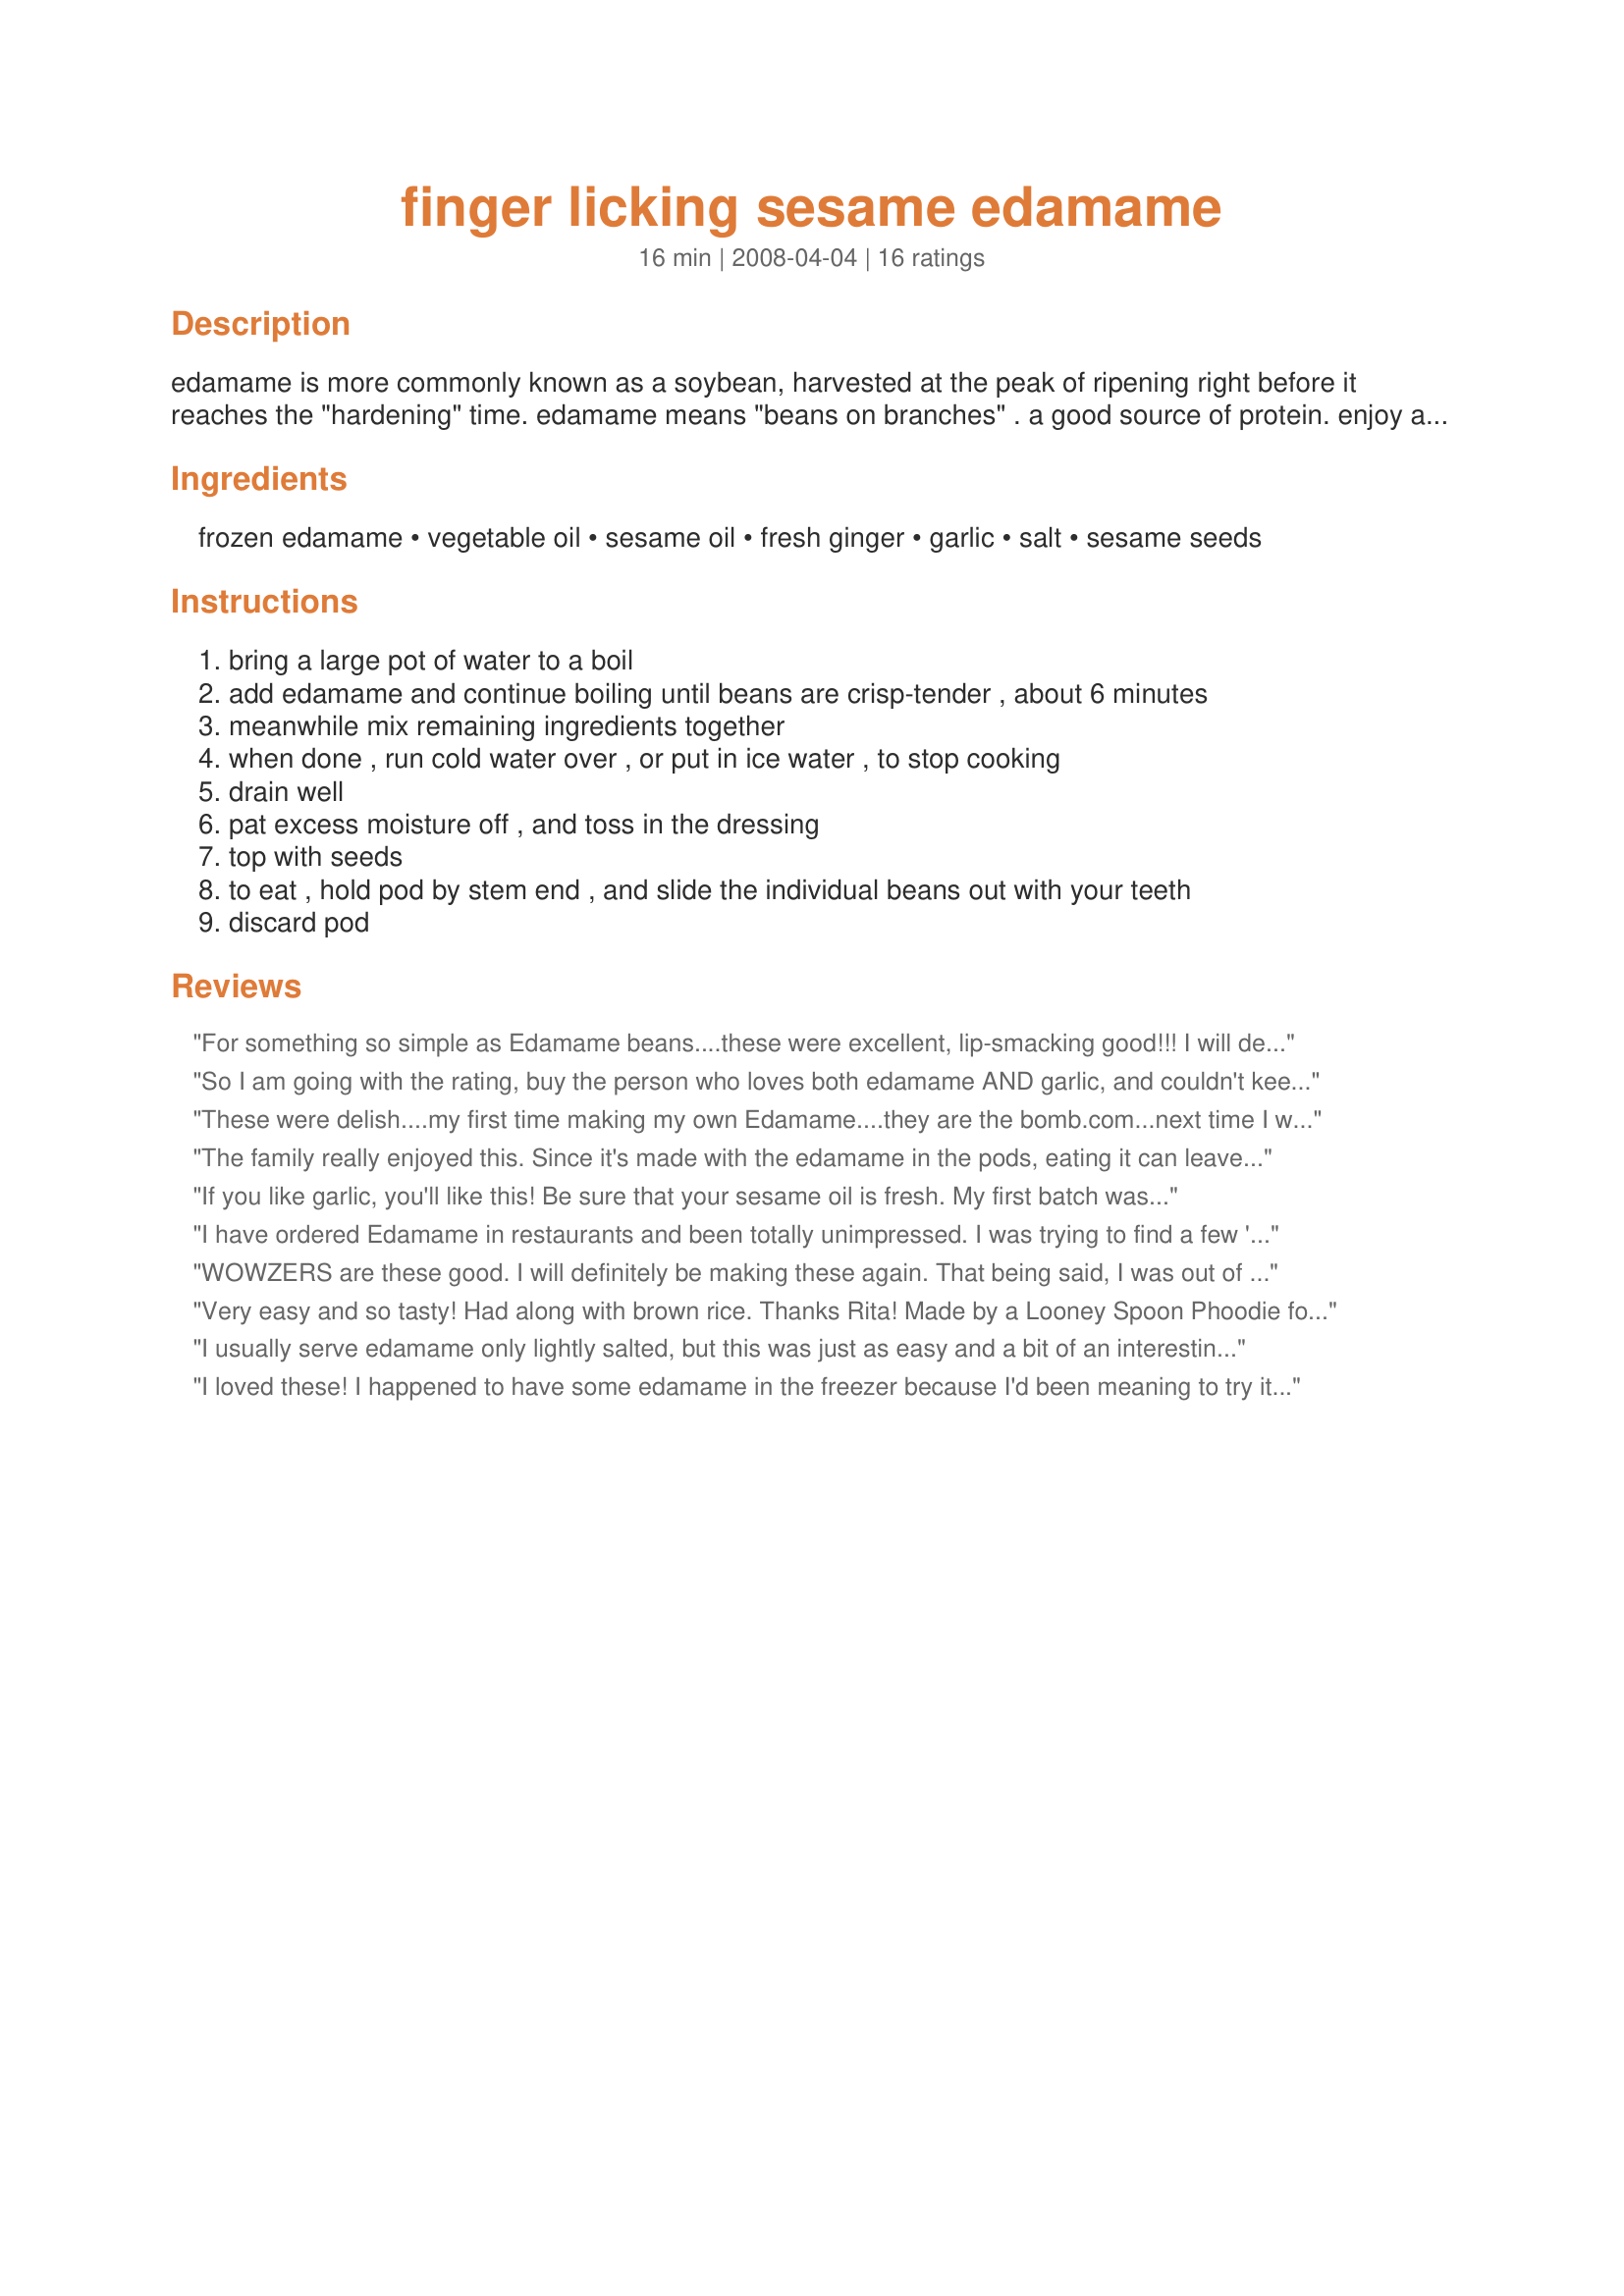
finger licking sesame edamame
Preparation time: 16 minutes

edamame is more commonly known as a soybean, harvested at the peak of ripening right before it reaches the "hardening" time. edamame means "beans on branches" . a good source of protein.
enjoy as a snack squeezed directly from the well seasoned pods into the mouth with the fingers. hence finger licking good!

Ingredients:
frozen edamame, vegetable oil, sesame oil, fresh ginger, garlic, salt, sesame seeds

Steps:
bring a large pot of water to a boil
add edamame and continue boiling until beans are crisp-tender , about 6 minutes
meanwhile mix remaining ingredients together
when done , run cold water over , or put in ice water , to stop cooking
drain well
pat excess moisture off , and toss in the dressing
top with seeds
to eat , hold pod by stem end , and slide the individual beans out with your teeth
discard pod

Reviews:
For something so simple as Edamame beans....these were excellent, lip-smacking good!!! I will definately be doing these again!!!
So I am going with the rating, buy the person who loves both edamame AND garlic, and couldn't keep her fingers out of of this! I loved it, and the rest of the family thought it was okay, but they complained about the amount of garlic. If you like garlic, this is a recipe you have to try! And make sure you toss them really well, because I didn't and some of the pods ended up being "naked", a bad thing indeed with this recipe. :) Thank you for posting.
These were delish....my first time making my own Edamame....they are the bomb.com...next time I will make them spicy!
The family really enjoyed this. Since it's made with the edamame in the pods, eating it can leave the fingers a bit oily, but it's still tasty. Next time I think I'll try this with the frozen edamame OUT of the pods to see how that works.
If you like garlic, you'll like this! Be sure that your sesame oil is fresh. My first batch was not great... because the sesame oil was not good. The second batch with new sesame oil was super!
I have ordered Edamame in restaurants and been totally unimpressed. I was trying to find a few 'healthy' snack choices and decided to give this a whirl. Well this is about it's 6th 'whirl' lol. I buy organic frozen edamame that take 2 minutes to zap in the microwave. In those 2 minutes I have the oil, ginger & garlic ready to go. I toss them in the dressing hot from the microwave and am digging in less than 5 minutes from the start! This is my go-to recipe for a quick snack or a lunch substitute. Thanks so much for posting!!
WOWZERS are these good. I will definitely be making these again. That being said, I was out of sesame oil (can't believe it) and it was amazing with just the regular oil. Also, I didn't read my package of edamame. . .they were already cooked (but they were from the freezer section at Trader Joe's). . .and I am a good girl, so I followed the recipe and boiled them. . .needless to say, they turned out pretty mushy LOL. Can't wait to make these again the RIGHT way!!!
Very easy and so tasty! Had along with brown rice. Thanks Rita! Made by a Looney Spoon Phoodie for Zaar World Tour#6!
I usually serve edamame only lightly salted, but this was just as easy and a bit of an interesting change. If you like sesame, you'll love this.
I loved these! I happened to have some edamame in the freezer because I'd been meaning to try it. I am so glad I found this recipe--it was quick and easy and delicious. My 7 yo DS loved them too. It's fun finger food that is very garlicky and flavorful--definitely "finger licking" good. Made for ZWT4. Thanks for posting!
This was a nice way to eat. I had some in the freezer but wasn&#039;t sure what to do with them. I&#039;m glad I tried this recipe. Garlic, fresh ginger and sesame are a great combo. Made for Veggie Swap 62
Very Very tasty! Normally we have our edamame warm with sea salt and this was a lovely change! I scaled this back for 2 had this as an appetizer before Recipe #356187! Thanks for posting! Made for The Queens of Quisine ZWT6!
I fixed Edamame once before and didn't like it but decided to try it again, since it is good for you. I'm so glad I did. I loved them fixed this way. My husband wouldn't even try them, but that's okay - more for me. Thanks for a great recipe.
WoW! This simple recipe is heading straight to my favorites. I thought I was going to just taste one before putting them in the fridge, but I couldn't stop!! What a lovely, flavorful and healthy snack. I will be making this recipe for years to come! ~Made for ZWT 6 Zee Zany Zesty Cookz~
I thought I had more edamame in the freezer, so I made the full batch of dressing. Then I found out my (already-shelled) edamame amounted to about a cup. lol. It was really good with the dressing, though probabaly not as much fun as the kind described in the recipe. *And* my picky 3-year-old ate his serving right up. Bonus! Great dish! Reviewed for ZWT4.
Love this recipe! Making it for the 2nd time right now. Such a great, healthy snack that even my kids will eat.
